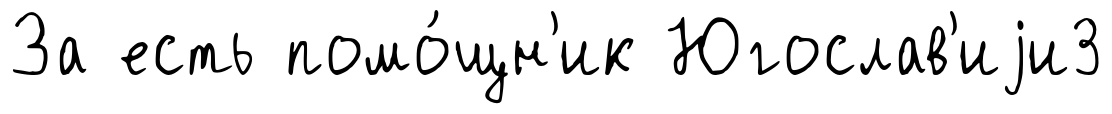
За есть помо́щн'ик Югослав'иjи3